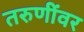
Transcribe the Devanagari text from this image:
तरुणींवर